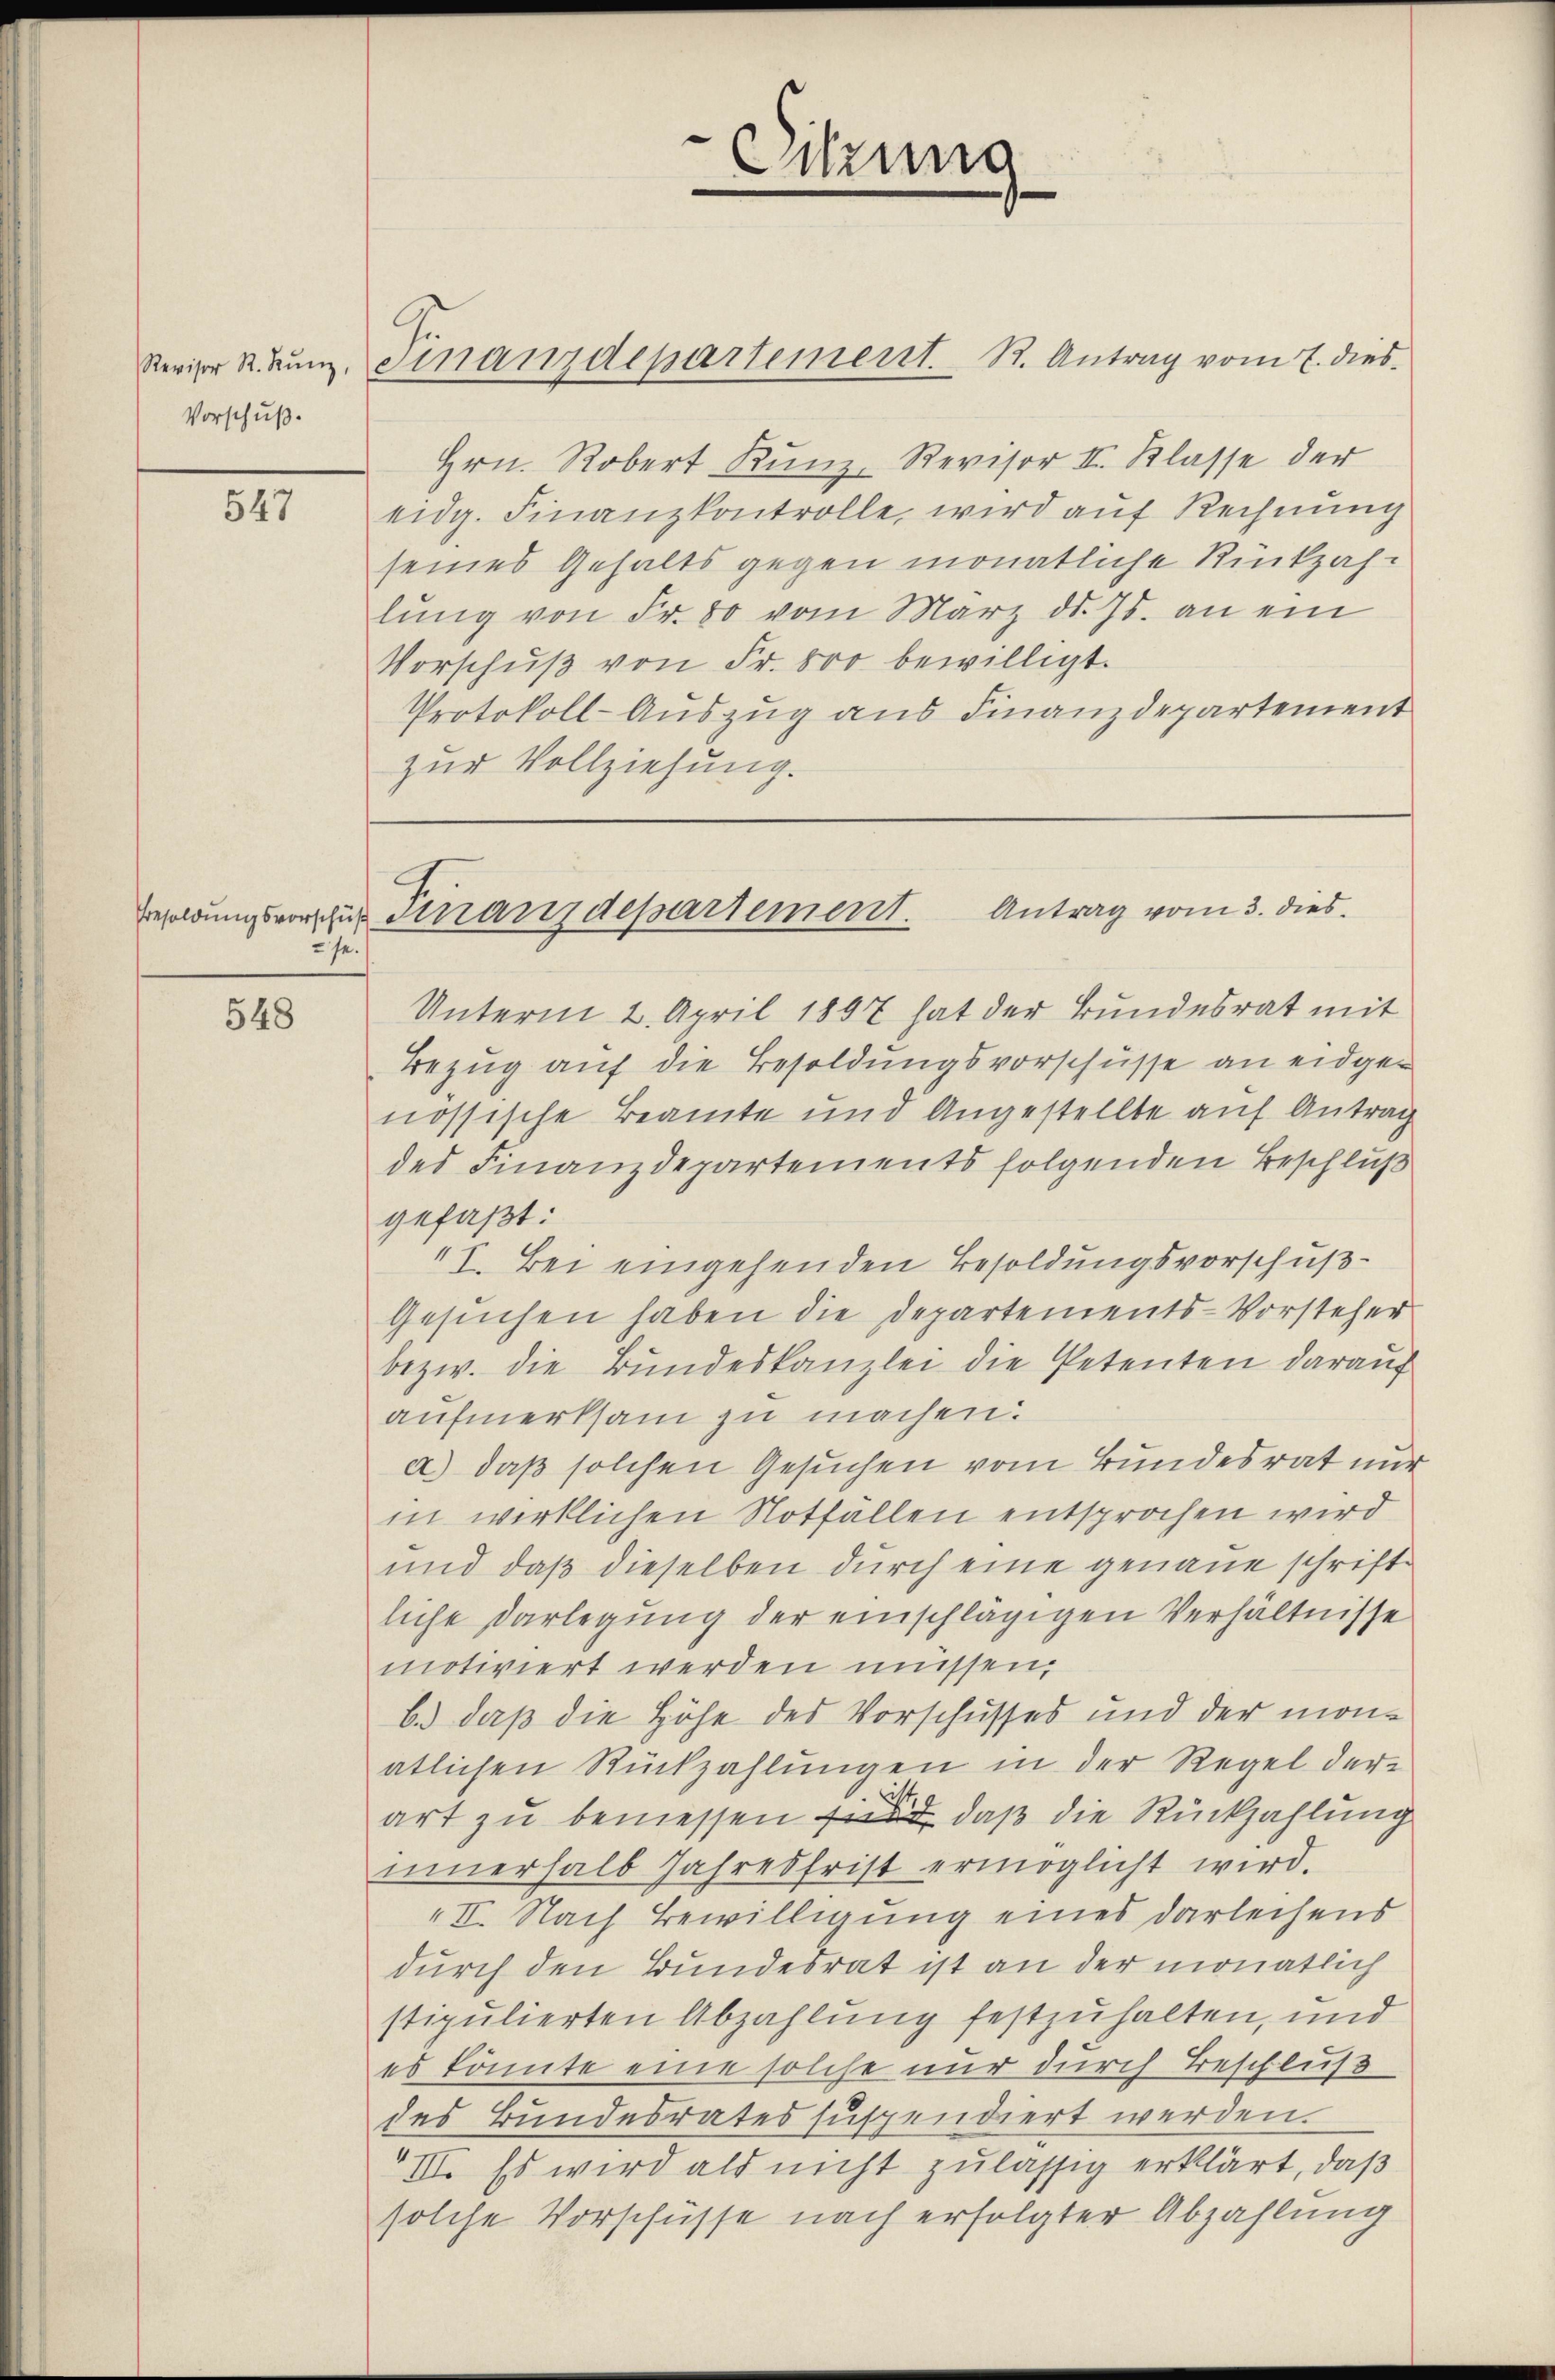
Vorschuß.

547

sei

548

Hrn. Robert Kunz, Revisor II. Klasse der
eidg. Finanzkontrolle, wird auf Rechnung
seines Gehalts gegen monatliche Rückzahlŭng von Fr. 80 vom März d. Js. an ein
Vorschŭβ von Fr. 800 bewilligt.
Protokoll-Auszug aus Finanzdepartement
zur Vollziehung.

Reriger N. Nŭnz. Finanzdepartement. R. Antrag vom 7. dies

Unterm 2. April 1807 hat der Bundesrat mit
Bezug auf die Besoldungsvorschüsse an eidgenössische Beamte und Angestellte auf Antrag
des Finanzdepartements folgenden Beschluß
gefaßt:
I. Bei eingehenden Besoldungsvorschuß¬
Gesuchen haben die Departements-Vorsteher
bezw. die Bundeskanzlei die Petenten darauf
aufmerksam zu machen.
a) daß solchen Gesuchen vom Bundesrat nur
in wirklichen Notfällen entsprochen wird
und daß dieselben durch eine genaue schriftliche Darlegung der einschlägigen Verhältnisse
motiviert werden müssen,
b.) daß die Höhe des Vorschusses und der mon-
atlichen Rückzahlungen in der Regel derart zu bemessen, daß die Rückzahlung
innerhalb Jahresfrist ermöglicht wird.
II. Nach Bewilligung eines Darleihens
durch den Bundesrat ist an der monatlich
stipulierten Abzahlung festzuhalten, und
es könnte eine solche nur durch Beschluß
des Bundesrates suspendiert werden.
III. Es wird als nicht zulässig erklärt, daß
solche Vorschüsse nach erfolgter Abzahlung

Sitzung

Besoldŭngsvorscher Finanzdepartement. Antrag vom 3. dies